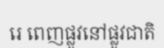
រេ ពេញផ្លូវនៅផ្លូវជាតិ